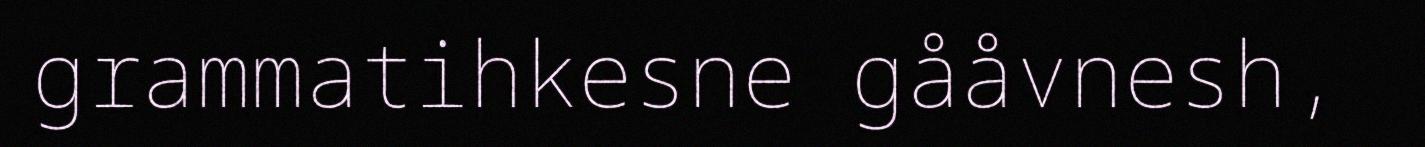
grammatihkesne gååvnesh,